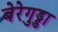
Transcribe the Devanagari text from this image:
बेरेगुड्डा